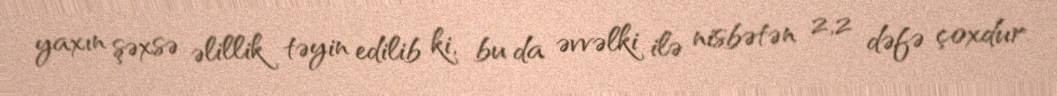
yaxın şəxsə əlillik təyin edilib ki, bu da əvvəlki ilə nisbətən 2,2 dəfə çoxdur.